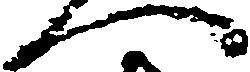
へ